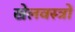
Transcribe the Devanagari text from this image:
खेलवस्त्रों